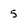
Character: 5